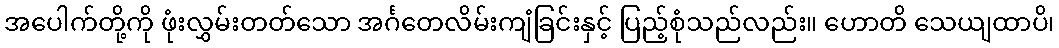
အပေါက်တို့ကို ဖုံးလွှမ်းတတ်သော အင်္ဂတေလိမ်းကျံခြင်းနှင့် ပြည့်စုံသည်လည်း။ ဟောတိ သေယျထာပိ၊